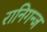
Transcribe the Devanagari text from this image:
रानिगन्ज